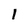
Character: l